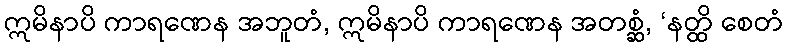
ဣမိနာပိ ကာရဏေန အဘူတံ, ဣမိနာပိ ကာရဏေန အတစ္ဆံ, ‘နတ္ထိ စေတံ